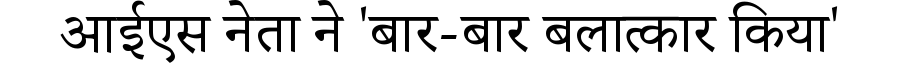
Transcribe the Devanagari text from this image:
आईएस नेता ने 'बार-बार बलात्कार किया'